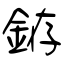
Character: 銌